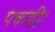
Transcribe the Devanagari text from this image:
पकडी।